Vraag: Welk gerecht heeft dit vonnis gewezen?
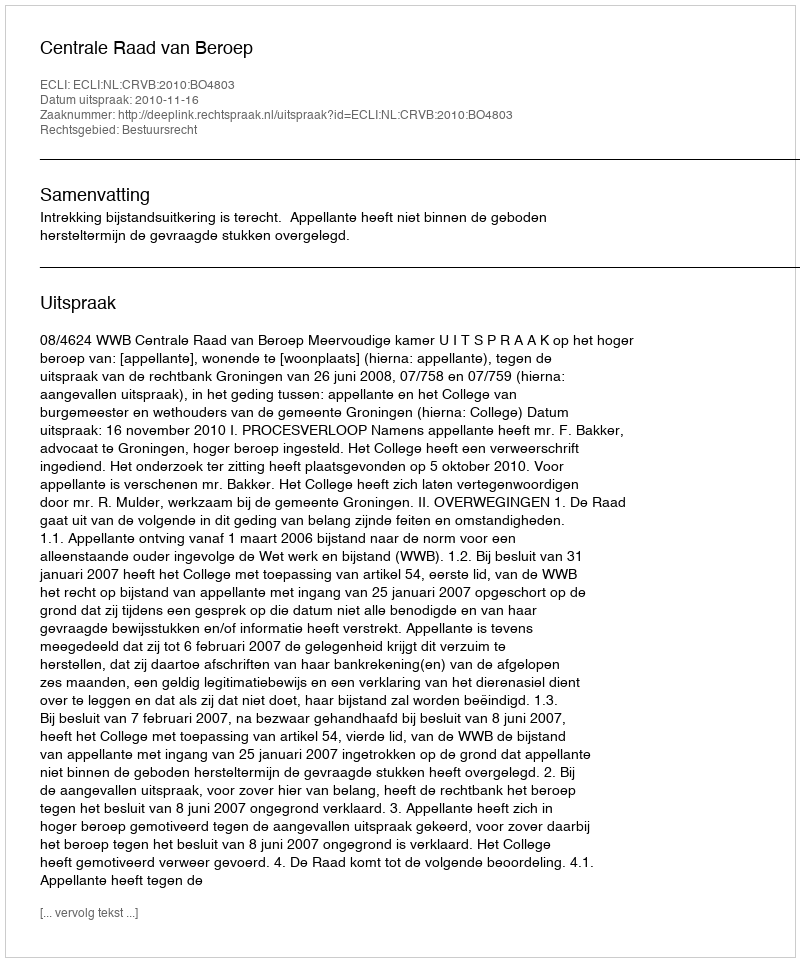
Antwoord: Centrale Raad van Beroep